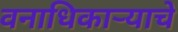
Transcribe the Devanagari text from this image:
वनाधिकार्‍याचे